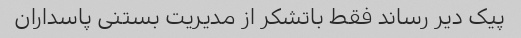
پیک دیر رساند فقط باتشکر از مدیریت بستنی پاسداران